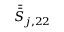
\bar { \bar { S } } _ { j , 2 2 }